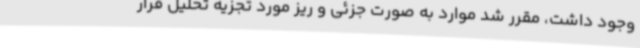
وجود داشت، مقرر شد موارد به صورت جزئی و ریز مورد تجزیه تحلیل قرار